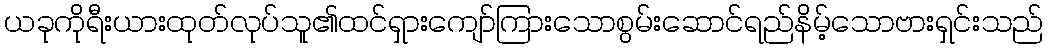
ယခုကိုရီးယားထုတ်လုပ်သူ၏ထင်ရှားကျော်ကြားသောစွမ်းဆောင်ရည်နိမ့်သောဗားရှင်းသည်